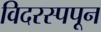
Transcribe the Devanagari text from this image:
विदरस्पपून